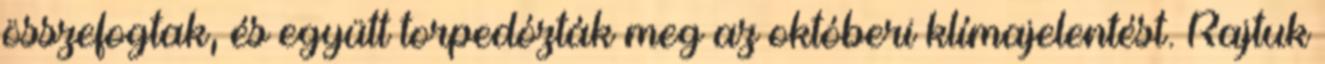
összefogtak, és együtt torpedózták meg az októberi klímajelentést. Rajtuk